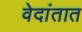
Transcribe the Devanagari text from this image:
वेदांतात